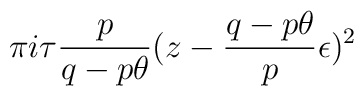
\pi i\tau \frac{p}{q-p\theta}(z-\frac{q-p\theta}{p}\epsilon)^2